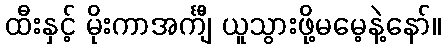
ထီးနှင့် မိုးကာအင်္ကျီ ယူသွားဖို့မမေ့နဲ့နော်။